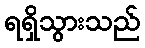
ရရှိသွားသည်